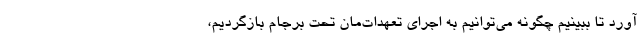
آورد تا ببینیم چگونه می‌توانیم به اجرای تعهدات‌مان تحت برجام بازگردیم،